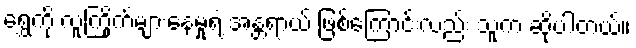
ရွှေကို လူကြိုက်များနေမှုရဲ့ အန္တရာယ် ဖြစ်ကြောင်းလည်း သူက ဆိုပါတယ်။